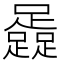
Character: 𨆬